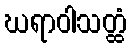
ဃရာဝါသတ္ထံ